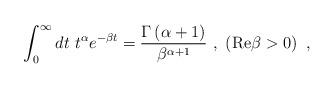
LaTeX: \begin{align*}\int^\infty_0dt\ t^\alpha e^{-\beta t}={\Gamma\left(\alpha+1\right)\over\beta^{\alpha+1}}\ ,\ \left({\rm Re}\beta>0\right)\ ,\end{align*}